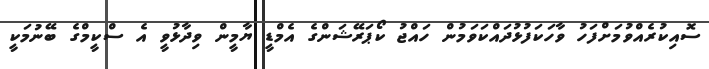
ސޮއިކުރެއްވުމަށްފަހު ވާހަކަފުޅުދައްކަވަމުން ހައްޖު ކޯޕަރޭޝަންގެ އެމްޑީ ޔާމީން ވިދާޅުވީ އެ ސްކީމްގެ ބޭނުމަކީ